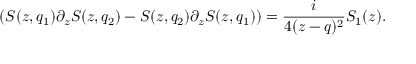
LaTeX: ( S ( z , q _ { 1 } ) \partial _ { z } S ( z , q _ { 2 } ) - S ( z , q _ { 2 } ) \partial _ { z } S ( z , q _ { 1 } ) ) = { \frac { i } { 4 ( z - q ) ^ { 2 } } } S _ { 1 } ( z ) .